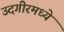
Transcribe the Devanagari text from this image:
उदगीरमध्ये